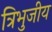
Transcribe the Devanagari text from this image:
त्रिभुजीय